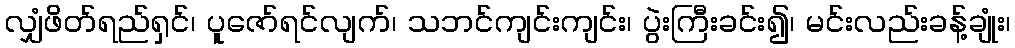
လျှံဖိတ်ရည်ရှင်၊ ပူဇော်ရင်လျက်၊ သဘင်ကျင်းကျင်း၊ ပွဲးကြီးခင်း၍၊ မင်းလည်းခန့်ချုံး၊